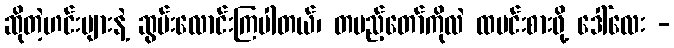
ဆိုတဲ့ဟင်းများနဲ့ ဆွမ်းလောင်းကြပါတယ်၊ တပည့်တော်ကိုလဲ ထမင်းစားဖို့ ဒေါ်လေး -